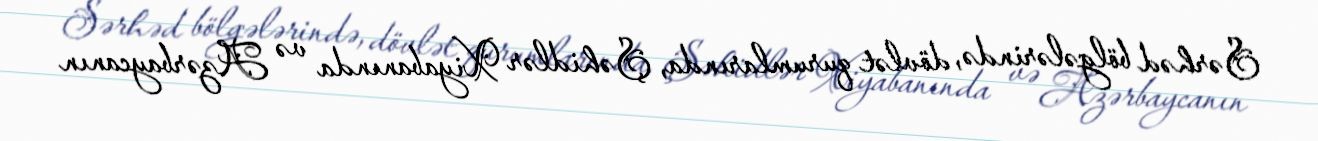
Sərhəd bölgələrində, dövlət qurumlarında, Şəhidlər Xiyabanında və Azərbaycanın